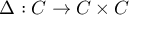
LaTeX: \Delta : C \to C \times C